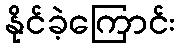
နိုင်ခဲ့ကြောင်း